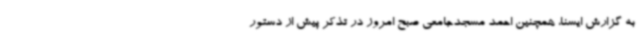
به گزارش ایسنا، همچنین احمد مسجدجامعی صبح امروز در تذکر پیش از دستور